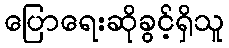
ပြောရေးဆိုခွင့်ရှိသူ